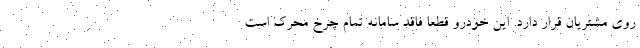
روی مشتریان قرار دارد. این خودرو قطعا فاقد سامانه تمام چرخ محرک است